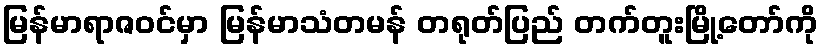
မြန်မာရာဇဝင်မှာ မြန်မာသံတမန် တရုတ်ပြည် တက်တူးမြို့တော်ကို